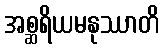
အစ္ဆရိယမနုဿာတိ